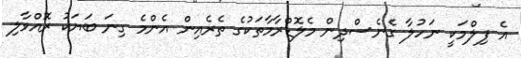
އެ ފިލްމަކީ ނަހުލާ ގެނެސްދިން މެލޮޑްރާމާތަކުގެ ތެރެއިން އެންމެ ގިނަ ބަޔަކު ރޮއްވާލި